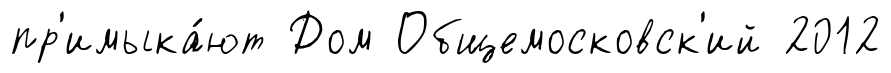
пр'имыка́ют Дом Общемосковск'ий 2012